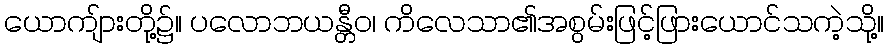
ယောကျ်ားတို့၌။ ပလောဘယန္တီဝ၊ ကိလေသာ၏အစွမ်းဖြင့်ဖြားယောင်သကဲ့သို့။